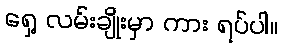
ရှေ့ လမ်းချိုးမှာ ကား ရပ်ပါ။